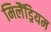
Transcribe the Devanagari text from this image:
मिलैंड्रियम